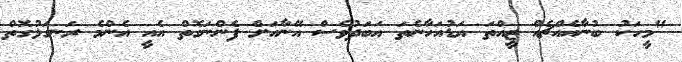
"މީހަކު ބުނާއެއްޗެއް ޒީއްތަ އަޑުއަހާނެތަ އަބަދުވެސް އޭނާއަށް ފެންނަގޮތް އެއީ އެންމެ ރަނގަޅުގޮތް